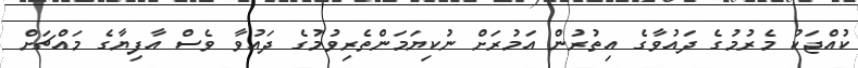
ކުއްޖަކު މެރުމުގެ ދައުވާގެ އިތުރުން އަމުރަށް ނުކިޔަމަންތެރިވުމުގެ ދައުވާ ވެސް އާފިޔާގެ މައްޗަށް